Indian journal of veterinary science and animal husbandry - Volume 5,
Year: 1935
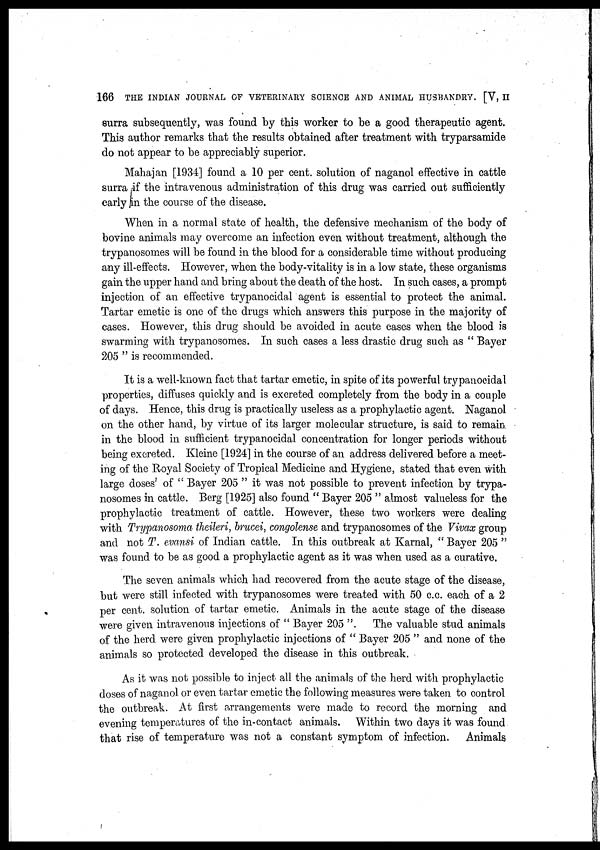
166 THE INDIAN JOURNAL OF VETERINARY SCIENCE AND ANIMAL HUSBANDRY. [V, II
surra subsequently, was found by this worker to be a good therapeutic agent.
This author remarks that the results obtained after treatment with tryparsamide
do not appear to be appreciably superior.
Mahajan [1934] found a 10 per cent. solution of naganol effective in cattle
surra if the intravenous administration of this drug was carried out sufficiently
early in the course of the disease.
When in a normal state of health, the defensive mechanism of the body of
bovine animals may overcome an infection even without treatment, although the
trypanosomes will be found in the blood for a considerable time without producing
any ill-effects. However, when the body-vitality is in a low state, these organisms
gain the upper hand and bring about the death of the host. In such cases, a prompt
injection of an effective trypanocidal agent is essential to protect the animal.
Tartar emetic is one of the drugs which answers this purpose in the majority of
cases. However, this drug should be avoided in acute cases when the blood is
swarming with trypanosomes. In such cases a less drastic drug such as " Bayer
205 " is recommended.
It is a well-known fact that tartar emetic, in spite of its powerful trypanocidal
properties, diffuses quickly and is excreted completely from the body in a couple
of days. Hence, this drug is practically useless as a prophylactic agent. Naganol
on the other hand, by virtue of its larger molecular structure, is said to remain
in the blood in sufficient trypanocidal concentration for longer periods without
being excreted. Kleine [1924] in the course of an address delivered before a meet-
ing of the Royal Society of Tropical Medicine and Hygiene, stated that even with
large doses' of " Bayer 205 " it was not possible to prevent infection by trypa-
nosomes in cattle. Berg [1925] also found " Bayer 205 " almost valueless for the
prophylactic treatment of cattle. However, these two workers were dealing
with Trypanosoma theileri, brucei, congolense and trypanosomes of the Vivax group
and not T. evansi of Indian cattle. In this outbreak at Karnal, " Bayer 205 "
was found to be as good a prophylactic agent as it was when used as a curative.
The seven animals which had recovered from the acute stage of the disease,
but were still infected with trypanosomes were treated with 50 c.c. each of a 2
per cent. solution of tartar emetic. Animals in the acute stage of the disease
were given intravenous injections of " Bayer 205 ".
The valuable stud animals
of the herd were given prophylactic injections of " Bayer 205 " and none of the
animals so protected developed the disease in this outbreak.
As it was not possible to inject all the animals of the herd with prophylactic
doses of naganol or even tartar emetic the following measures were taken to control
the outbreak. At first arrangements were made to record the morning and
evening temperatures of the in-contact animals. Within two days it was found
that rise of temperature was not a constant symptom of infection.
Animals